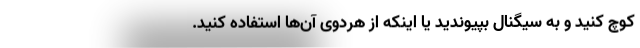
کوچ کنید و به سیگنال بپیوندید یا اینکه از هردوی آن‌ها استفاده کنید.